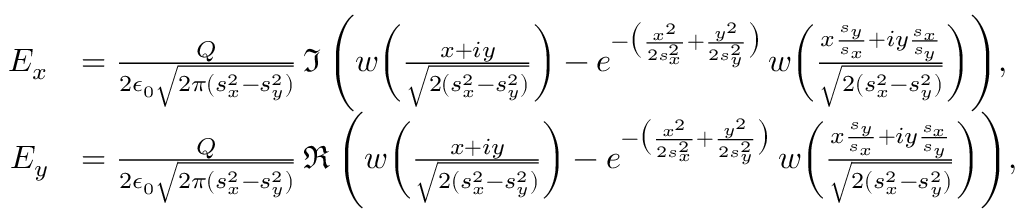
\begin{array} { r l } { E _ { x } } & { = \frac { Q } { 2 \epsilon _ { 0 } \sqrt { 2 \pi ( s _ { x } ^ { 2 } - s _ { y } ^ { 2 } ) } } \, \Im \, \Bigg ( w \bigg ( \frac { x + i y } { \sqrt { 2 ( s _ { x } ^ { 2 } - s _ { y } ^ { 2 } ) } } \bigg ) - e ^ { - \big ( \frac { x ^ { 2 } } { 2 s _ { x } ^ { 2 } } + \frac { y ^ { 2 } } { 2 s _ { y } ^ { 2 } } \big ) } \, w \bigg ( \frac { x \frac { s _ { y } } { s _ { x } } + i y \frac { s _ { x } } { s _ { y } } } { \sqrt { 2 ( s _ { x } ^ { 2 } - s _ { y } ^ { 2 } ) } } \bigg ) \Bigg ) , } \\ { E _ { y } } & { = \frac { Q } { 2 \epsilon _ { 0 } \sqrt { 2 \pi ( s _ { x } ^ { 2 } - s _ { y } ^ { 2 } ) } } \, \Re \, \Bigg ( w \bigg ( \frac { x + i y } { \sqrt { 2 ( s _ { x } ^ { 2 } - s _ { y } ^ { 2 } ) } } \bigg ) - e ^ { - \big ( \frac { x ^ { 2 } } { 2 s _ { x } ^ { 2 } } + \frac { y ^ { 2 } } { 2 s _ { y } ^ { 2 } } \big ) } \, w \bigg ( \frac { x \frac { s _ { y } } { s _ { x } } + i y \frac { s _ { x } } { s _ { y } } } { \sqrt { 2 ( s _ { x } ^ { 2 } - s _ { y } ^ { 2 } ) } } \bigg ) \Bigg ) , } \end{array}